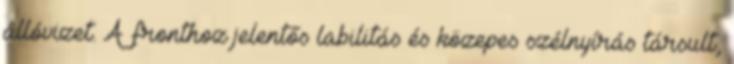
állóvizet. A fronthoz jelentős labilitás és közepes szélnyírás társult,